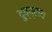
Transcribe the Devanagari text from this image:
दुष्प्राय